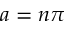
a = n \pi